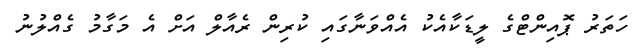
ހަތަރު ޕޮއިންޓްގެ ލީޑަކާއެކު އެއްވަނާގައި ކުރިން ރެއާލް އަށް އެ މަގާމު ގެއްލުނު